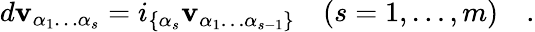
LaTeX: d\mathbf{v}_{\alpha_{1}\dots\alpha_{s}}=i_{\{ \alpha_{s}}\mathbf{v}_{\alpha_{1}\dots\alpha_{s-1}\} }\quad(s=1,\dots,m)\quad.